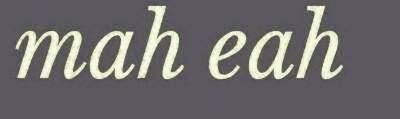
mah eah